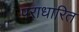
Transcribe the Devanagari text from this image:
पराधारित